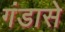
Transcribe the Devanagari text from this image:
गंडासे